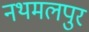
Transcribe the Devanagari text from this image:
नथमलपुर